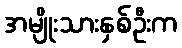
အမျိုးသားနှစ်ဦးက